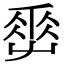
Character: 𡴤